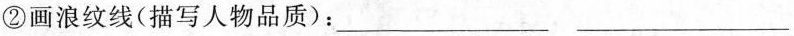
②画浪纹线(描写人物品质)：___